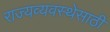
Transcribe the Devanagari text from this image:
राज्यव्यवस्थेसाठी